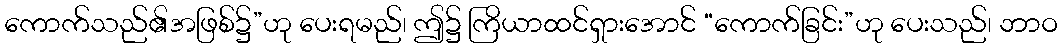
ကောက်သည်၏အဖြစ်၌”ဟု ပေးရမည်၊ ဤ၌ ကြိယာထင်ရှားအောင် “ကောက်ခြင်း”ဟု ပေးသည်၊ ဘာဝ